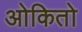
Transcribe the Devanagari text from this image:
ओकितो